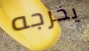
يخرجه